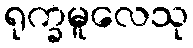
ရုက္ခမူလေသု